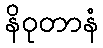
နိဝုတာနံ